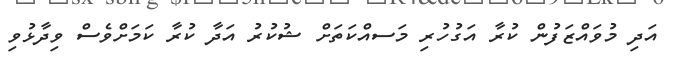
އަދި މުވައްޒަފުން ކުރާ އަގުހުރި މަަސއްކަތަށް ޝުކުރު އަދާ ކުރާ ކަމަށްވެސް ވިދާޅުވި